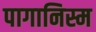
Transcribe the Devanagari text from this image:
पागानिस्म